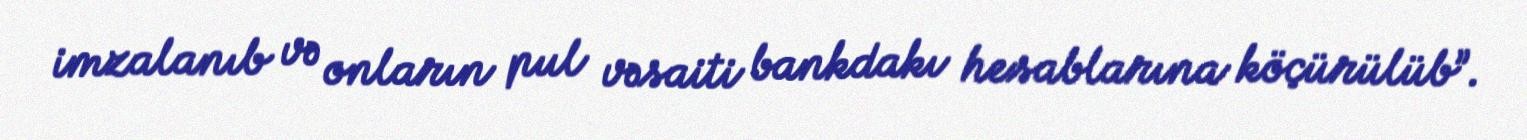
imzalanıb və onların pul vəsaiti bankdakı hesablarına köçürülüb”.